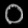
Digit: ၀